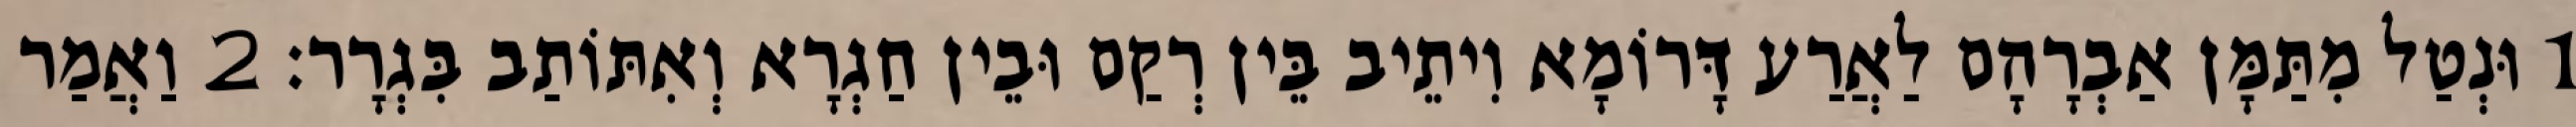
1 וּנְטַל מִתַּמָּן אַבְרָהָם לַאֲרַע דָּרוֹמָא וִיתֵיב בֵּין רְקַם וּבֵין חַגְרָא וְאִתּוֹתַב בִּגְרָר׃ 2 וַאֲמַר